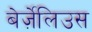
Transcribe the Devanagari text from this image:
बेर्ज़ेलिउस